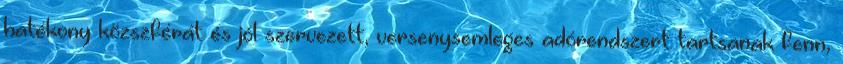
hatékony közszférát és jól szervezett, versenysemleges adórendszert tartsanak fenn,